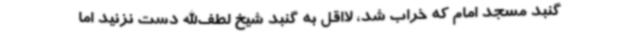
گنبد مسجد امام که خراب شد، لااقل به گنبد شیخ لطف‌الله دست نزنید اما